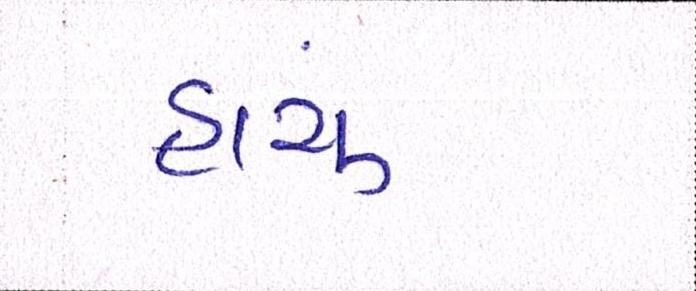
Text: હાચું